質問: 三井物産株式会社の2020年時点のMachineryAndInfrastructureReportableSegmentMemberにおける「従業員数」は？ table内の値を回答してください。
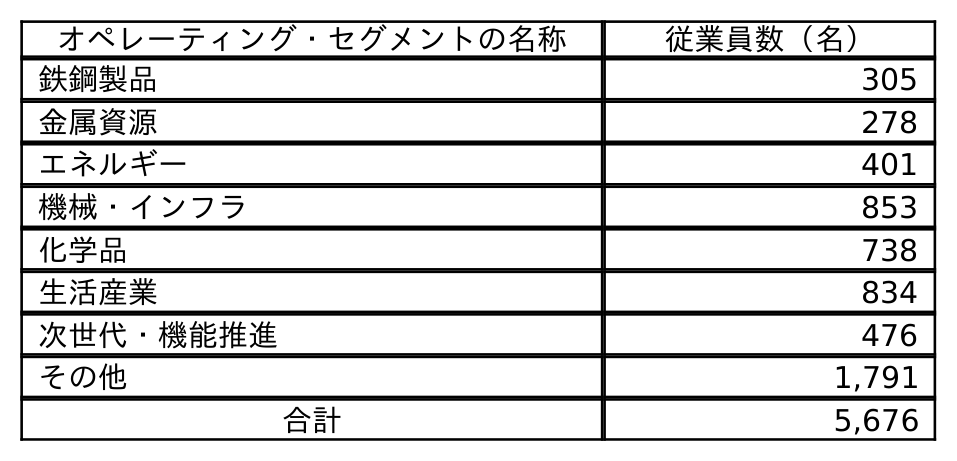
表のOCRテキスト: オペレーティング・セグメントの名称 従業員数（名） 鉄鋼製品 305 金属資源 278 エネルギー 401 機械・インフラ 853 化学品 738 生活産業 834 次世代・機能推進 476 その他 1,791 合計 5,676
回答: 853